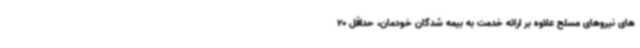
های نیروهای مسلح علاوه بر ارائه خدمت به بیمه شدگان خودمان، حداقل 20